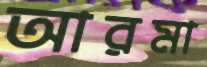
আরমা